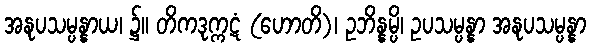
အနုပသမ္ပန္နာယ၊ ၌။ တိကဒုက္ကဋံ (ဟောတိ)၊ ဥဘိန္နမ္ပိ၊ ဥပသမ္ပန္နာ အနုပသမ္ပန္နာ